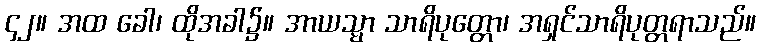
၄၂။ အထ ခေါ၊ ထိုအခါ၌။ အာယသ္မာ သာရိပုတ္တော၊ အရှင်သာရိပုတ္တရာသည်။